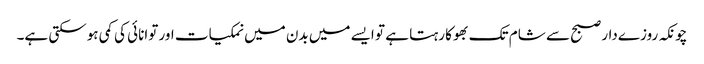
چونکہ روزےدار صبح سے شام تک بھوکا رہتا ہے تو ایسے میں بدن میں نمکیات اور توانائی کی کمی ہوسکتی ہے۔